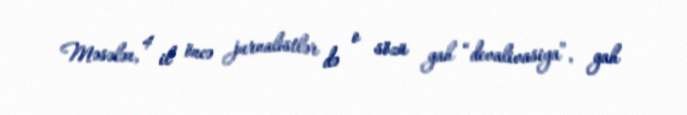
Məsələn, 4 il öncə jurnalistlər də o sözü gah “devalivasiya”, gah